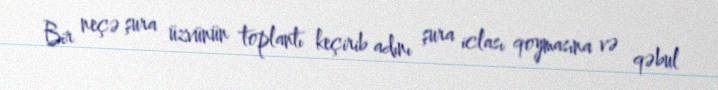
Bir neçə şura üzvünün toplantı keçirib adını şura iclası qoymasına və qəbul